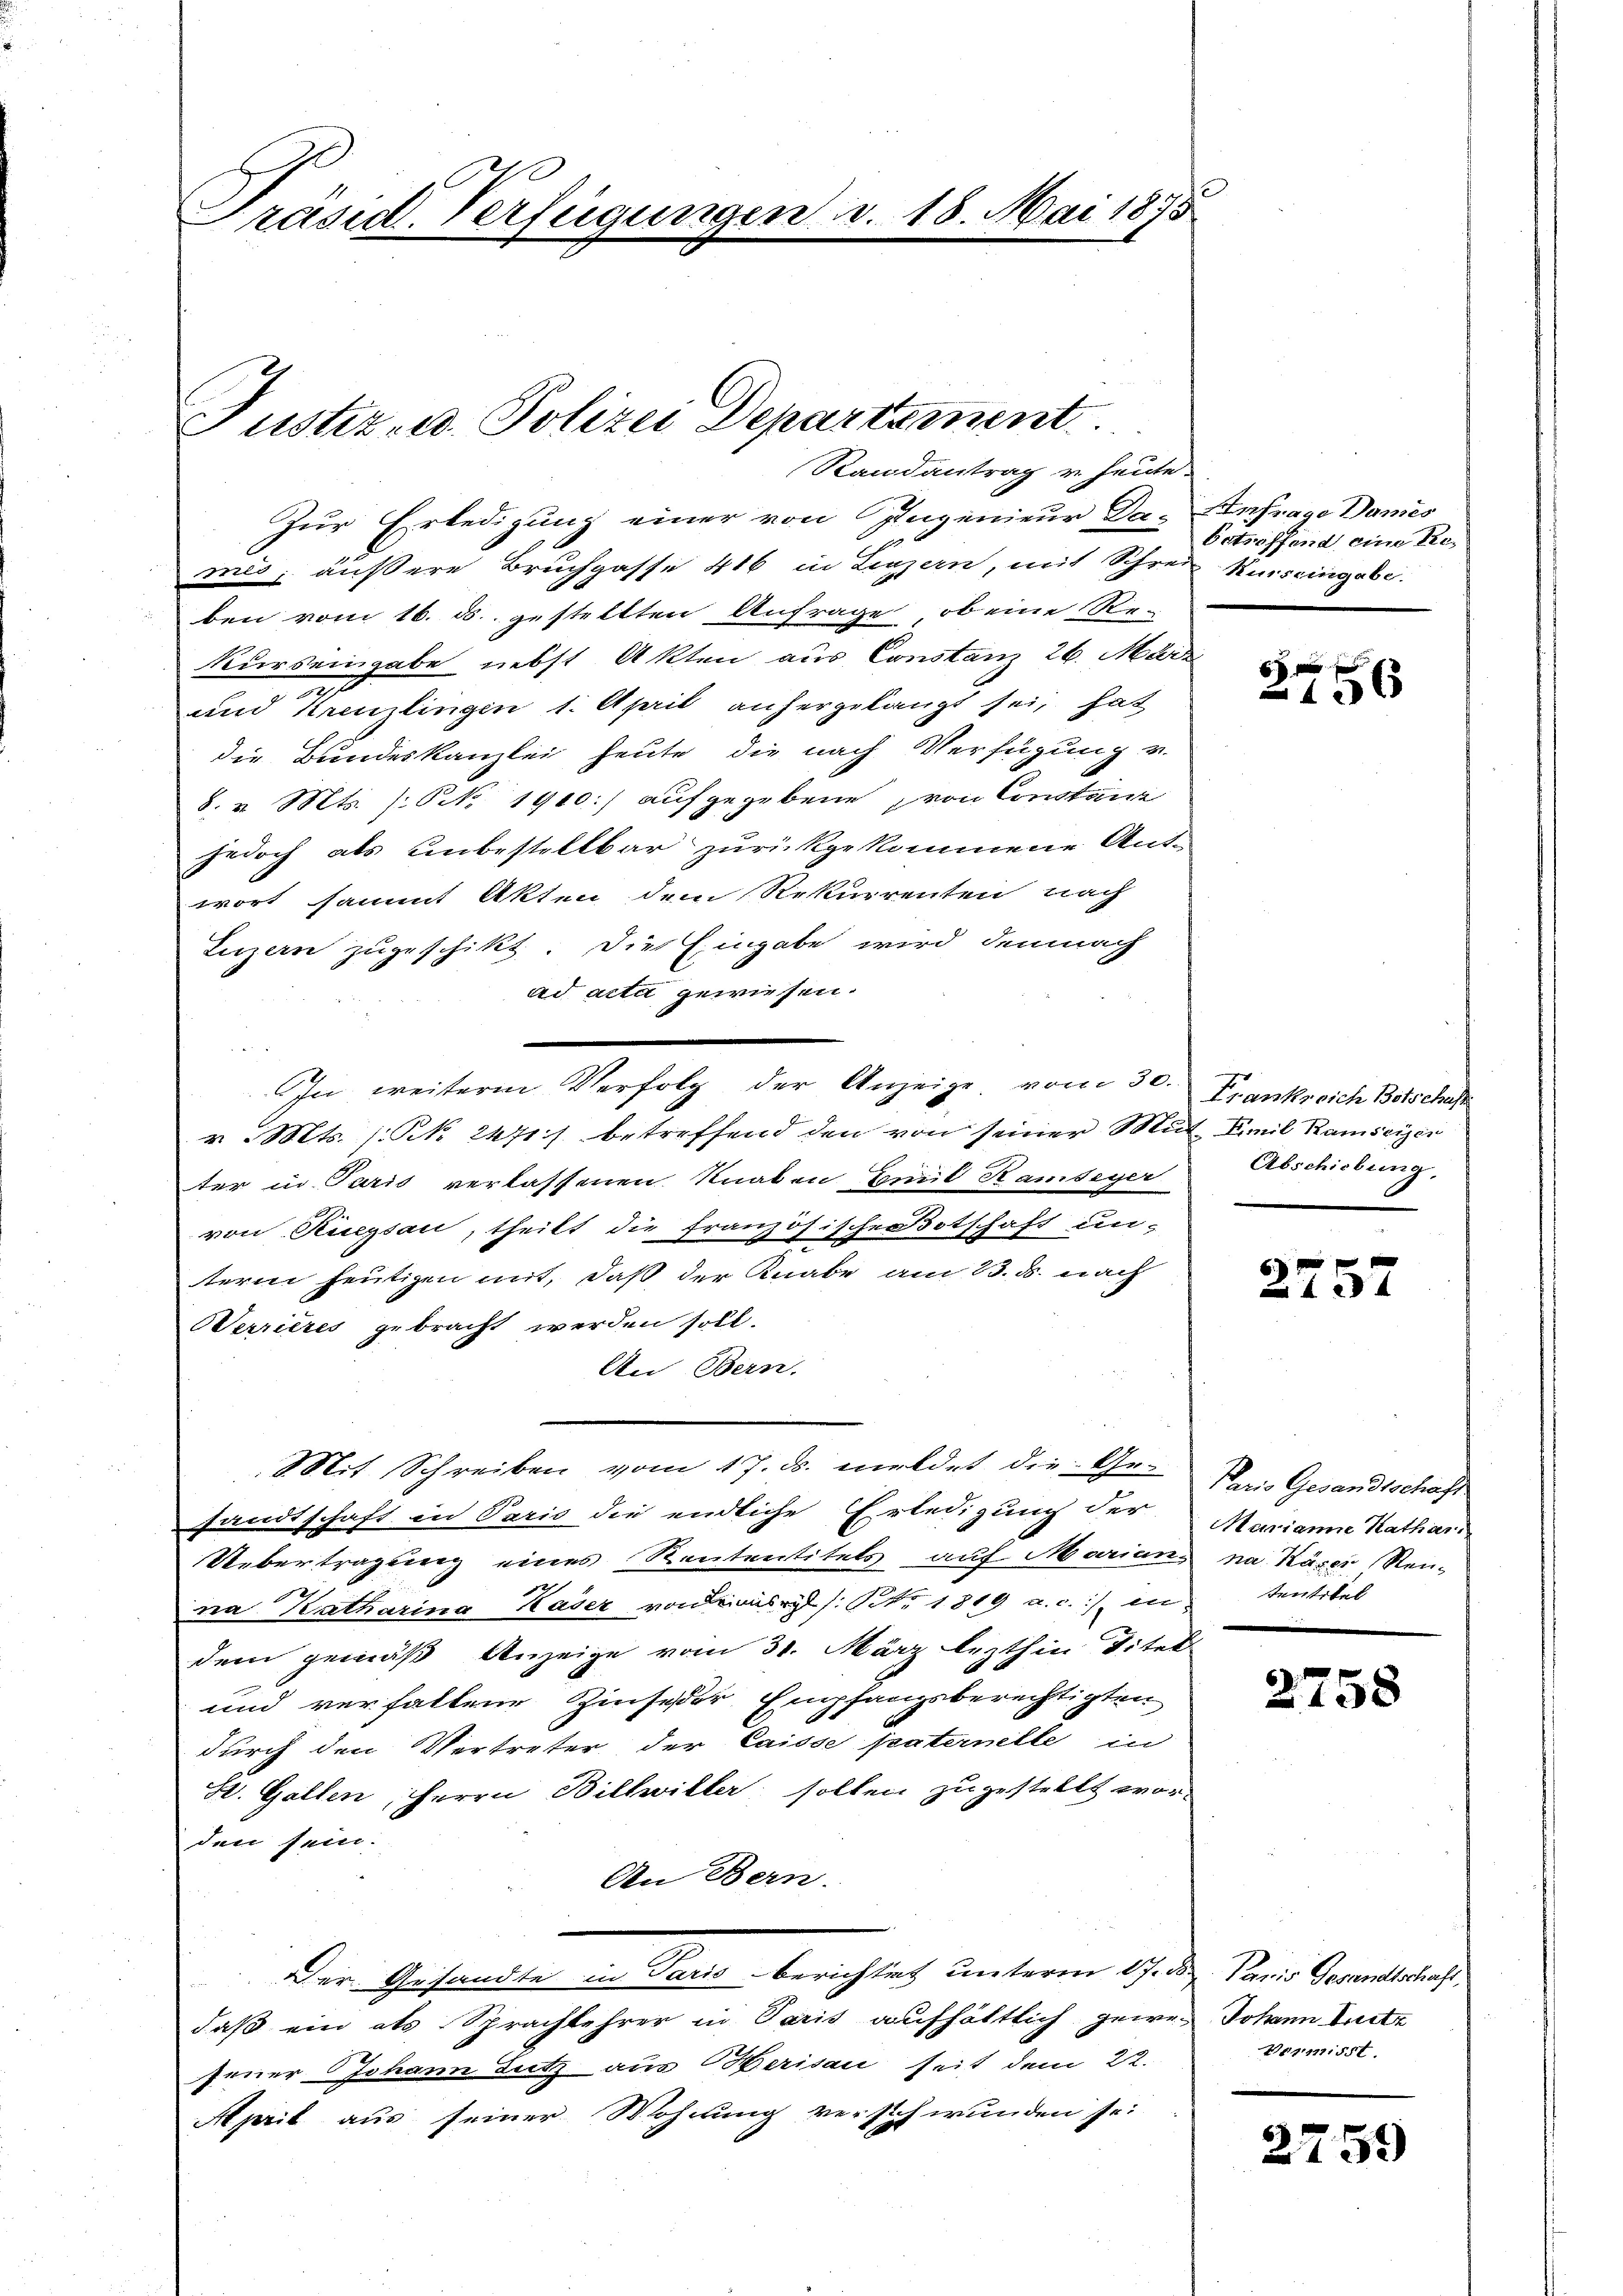
Präsid. Verfügungen v. 18. Mai 1875

Justiz- u. Polizei Departement
Randantrag u. heute.

Zur Erledigung einer von Ingenieur Das Anfrage Damis
mis; äußere Bruchgasse 416 in Linzern, mit Schreiz Kurseingabe.
ben vom 16. ds. gestellten Anfrage, ob eine Re-
Kurs eingabe nebst Akten aus Constanz 26. März
und Kreuzlingen 1. April anhergelangt sei, hat
die Bundeskanzlei heute die nach Verfügung u.
8. v. Mts. (NNNo. 1910.) aufgegebene von Constanz
jedoch als unbestellbar zurückgekommene Ant-
wort sammt Akten dem Rekurrenten nach
Luzern zugeschikt. Die Eingabe wird demnach
ad acta gewiesen.
v. Mts. 1. No. 2471) betreffend den von seiner Mut Famil Ramseizer
ter in Paris verlassenen Knaben Emil Kambeyer
von Ruegsau, theilt die französische Botschaft un-
term heutigen mit, daß der Knabe am 23. d. nach
Werrieres gebracht werden soll.
An Bern.
Mit Schreiben vom 17. ds. meldet die Ge- Der Gesandtschaft
sandtschaft in Paris die endliche Erledigung der Marianne Kathari
Uebertragung eines Rententitels auf Marianna Käser Rend
na Katharina Kaser von der Nr. 1819 a. c.) in
dem gemäß Anzeige vom 31. März lezthin Titel
und verhaltene Zinseder Empfangsberechtigten
durch den Vertreter der Caisse paternelle in
S. Gallen, Herrn Bilhiller sollen zugestellt worden sein.
An Bern.
Der Gesandte in Paris berichtet unterm 17. di Paris Gesandtschaft,
daß ein als Sprachlehrer in Paris aufhältlich gewes Johann Seite
feuer Johann Lutz aus Merisau seit dem 22.
April aus seiner Wohnung verschwunden sei

n
In weitere Verfolg der Anzeige, vom 30. Frankreich Botschaft

betroffend eine Tie¬

6 x
2136

Abschiebung.

2757

tentitel

2758

1551.

2759